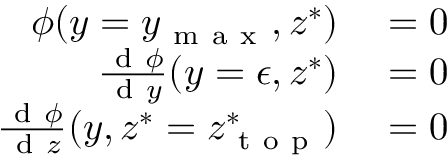
\begin{array} { r l } { \phi ( y = y _ { \mathrm { ~ m ~ a ~ x ~ } } , z ^ { * } ) } & { { } = 0 } \\ { \frac { \mathrm { ~ d ~ } \phi } { \mathrm { ~ d ~ } y } ( y = \epsilon , z ^ { * } ) } & { { } = 0 } \\ { \frac { \mathrm { ~ d ~ } \phi } { \mathrm { ~ d ~ } z } ( y , z ^ { * } = z _ { \mathrm { ~ t ~ o ~ p ~ } } ^ { * } ) } & { { } = 0 } \end{array}